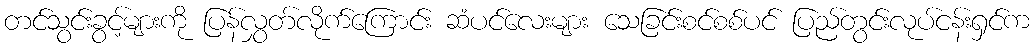
တင်သွင်းခွင့်များကို ပြန်လွှတ်လိုက်ကြောင်း ဆံပင်လေးများ သေခြင်းစင်စစ်ပင် ပြည်တွင်းလုပ်ငန်းရှင်က